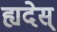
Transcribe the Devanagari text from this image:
ह्यदेस्